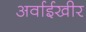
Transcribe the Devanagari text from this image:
अर्वाईखीर